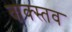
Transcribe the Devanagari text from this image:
वाक्स्तव